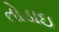
તોડાઇ